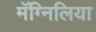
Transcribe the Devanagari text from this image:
मॅग्निलिया